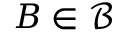
B \in { \mathcal { B } }